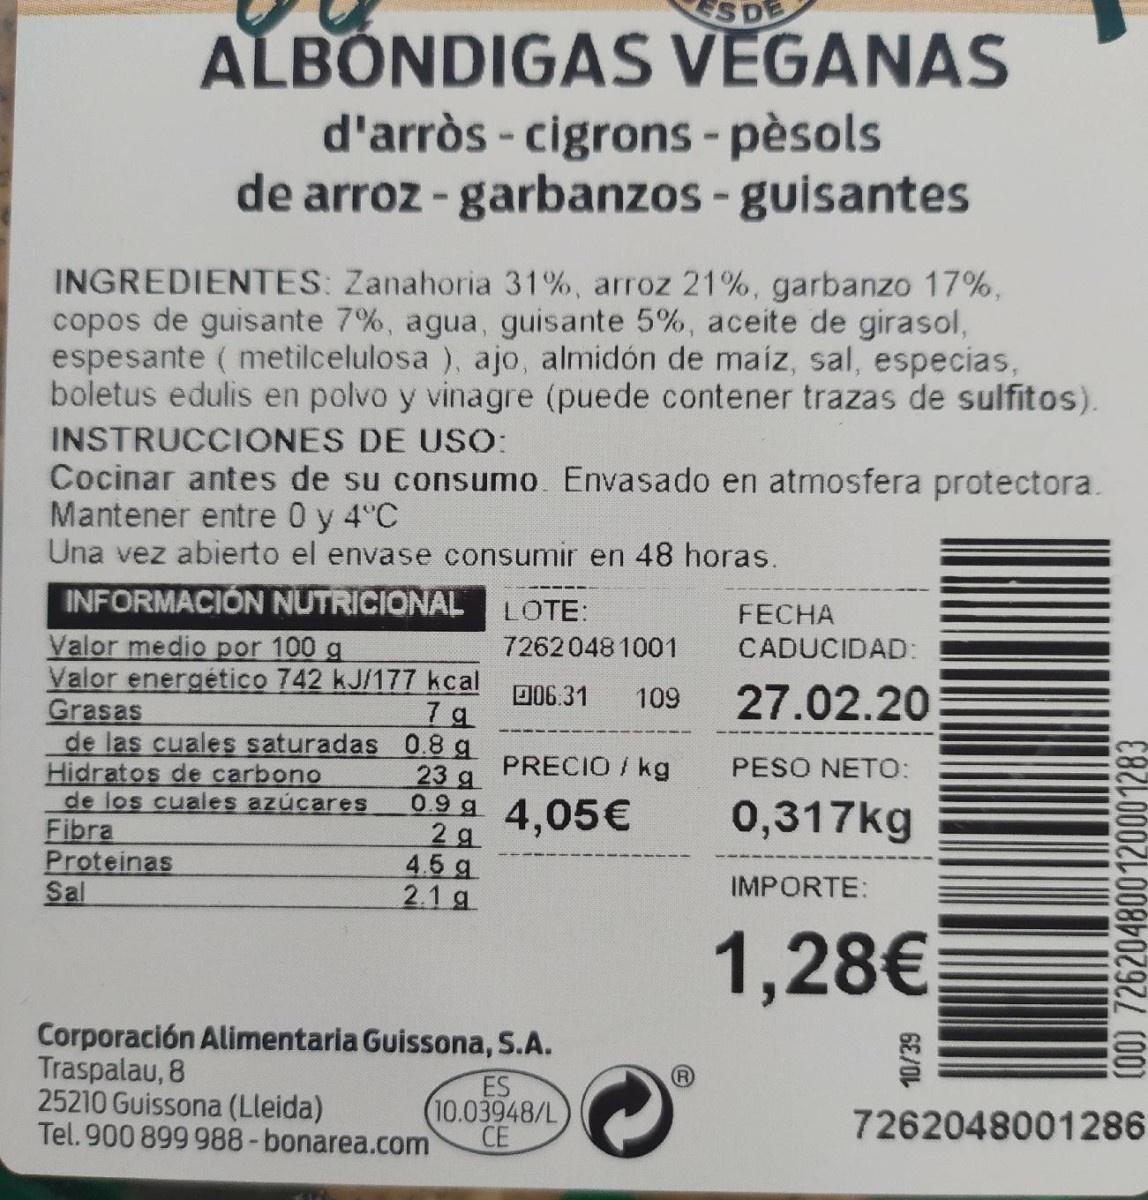
SDE ALBONDIGAS VEGANAS d'arròs - cigrons - pèsols de arroz - garbanzos -guisantes INGREDIENTES: Zanahoria 31%, arroz 21%, garbanzo 17%, copos de guisante 7%, agua, guisante 5%, aceite de girasol, espesante ( metilcelulosa ), ajo, almidón de maíz, sal, especias, boletus edulis en polvo y vinagre (puede contener trazas de sulfitos). INSTRUCCIONES DE USO: Cocinar antes de su consumo. Envasado en atmosfera protectora. Mantener entre 0 y 4°C Una vez abierto el envase consumir en 48 horas. INFORMACIÓN NUTRICIONAL Valor medio por 100 g Valor energético 742 kJ/177 kcal Grasas de las cuales saturadas 0.8 g Hidratos de carbono de los cuales azúcares Fibra Proteinas Sal LOTE: FECHA 7262048 1001 CADUCIDAD: 27.02.20 D06.31 109 PRECIO / kg PESO NETO: 23 g 09g 4,05€ 2 g 4.5 g 2.1 g 0,317kg IMPORTE: 1,28€ Corporación Alimentaria Guissona, S.A. Traspalau, 8 25210 Guissona (Lleida) Tel. 900 899 988-bonarea.com ES (10.03948/L CE 7262048001286 10/39 (00) 726204800120001283